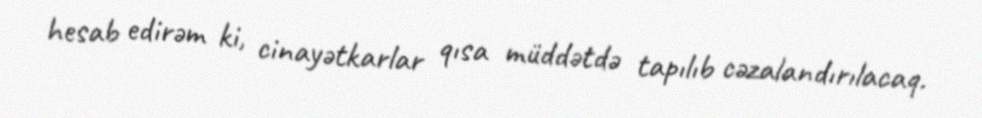
hesab edirəm ki, cinayətkarlar qısa müddətdə tapılıb cəzalandırılacaq.